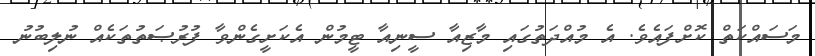
މަސައްކަތް ކޮށްފައެވެ. އެ މުއްދަތުގައި މާޒިއާ ސީނިއާ ޓީމުން އެކަށީގެންވާ ފުރުޞަތުތަކެއް ނުލިބުނު